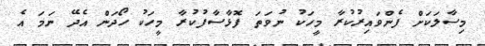
މިސާލަކަށް ފެންވައިރުކުރާ މީހަކު ނުވަަތަ ފޮޅާސާފުކުރާ މީހަކު ހޯދަން އެދޭ ނަމަ އެ